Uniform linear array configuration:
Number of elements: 8
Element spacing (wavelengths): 0.25
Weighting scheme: uniform
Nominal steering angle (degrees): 30
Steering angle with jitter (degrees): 30.794
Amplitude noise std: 0.05
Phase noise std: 0.05

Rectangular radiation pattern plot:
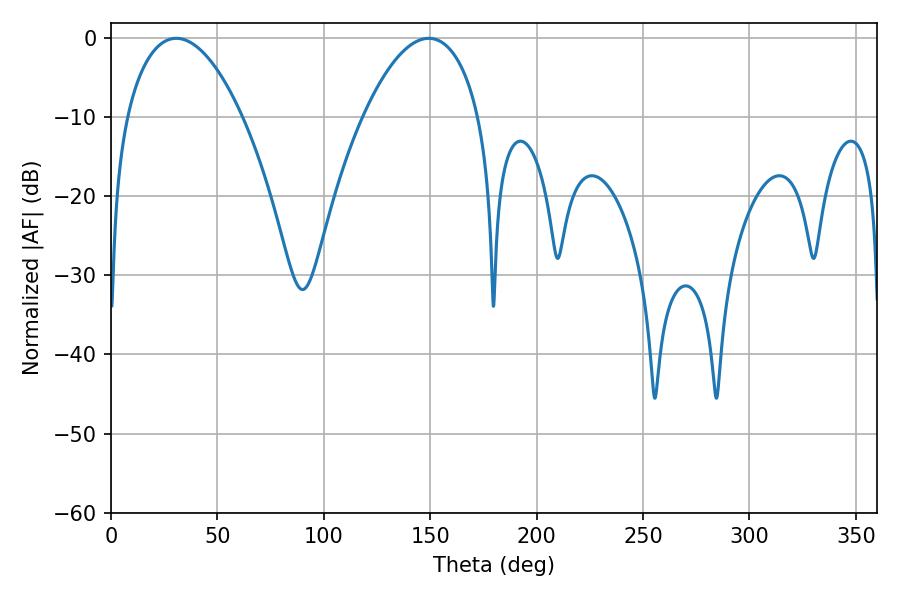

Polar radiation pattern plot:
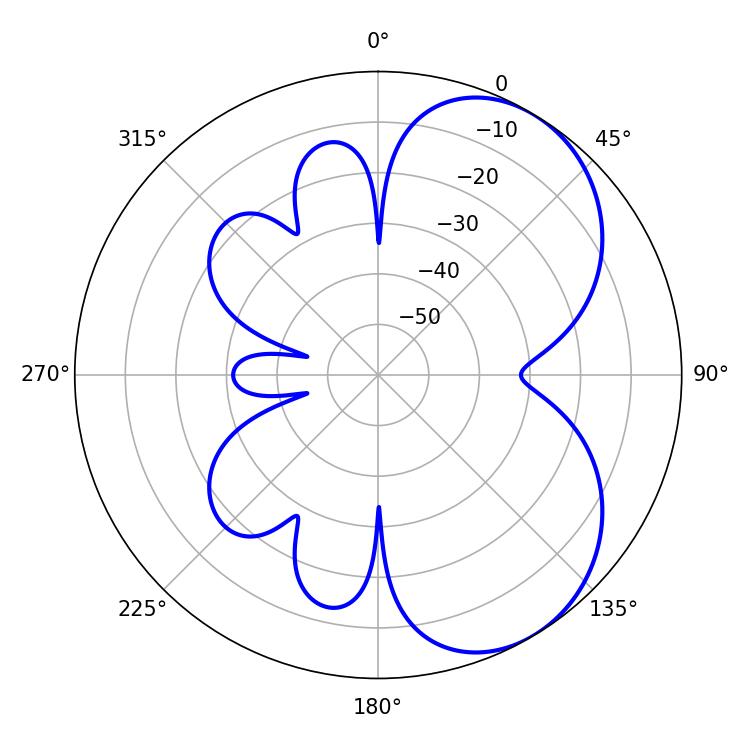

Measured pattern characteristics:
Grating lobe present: FALSE
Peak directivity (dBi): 5.351
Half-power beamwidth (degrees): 30.42
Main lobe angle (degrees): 30.6